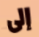
إلى